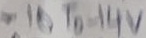
Text: -10 To -14V